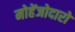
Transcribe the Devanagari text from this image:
मोहेंजोदारो